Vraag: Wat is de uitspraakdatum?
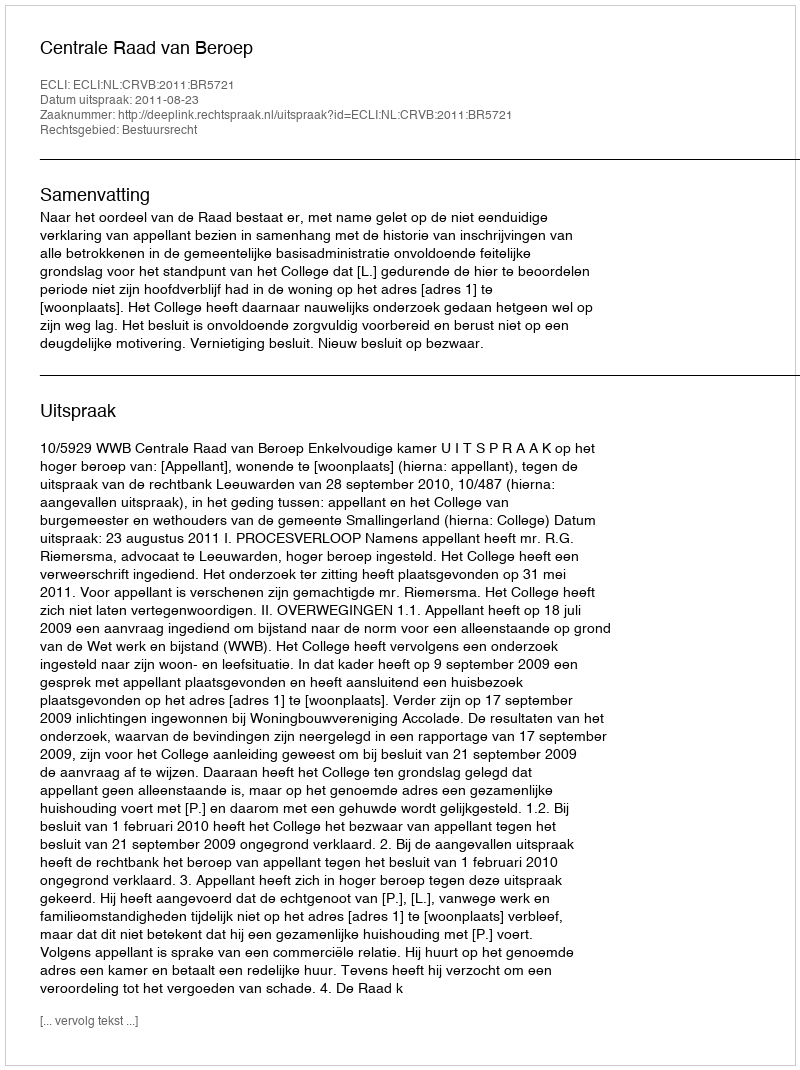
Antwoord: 2011-08-23